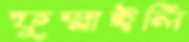
ফুস্‌লাইলি